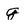
Character: g